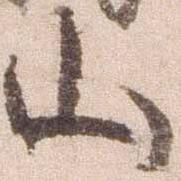
山